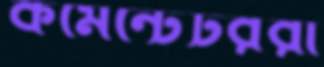
কমেন্টেটররা